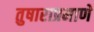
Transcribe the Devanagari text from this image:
तुषाराप्रमाणे